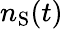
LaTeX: n_{\mathrm{S}}(t)